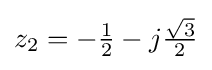
{\textstyle z_{2}=-{\frac {1}{2}}-j{\frac {\sqrt {3}}{2}}}